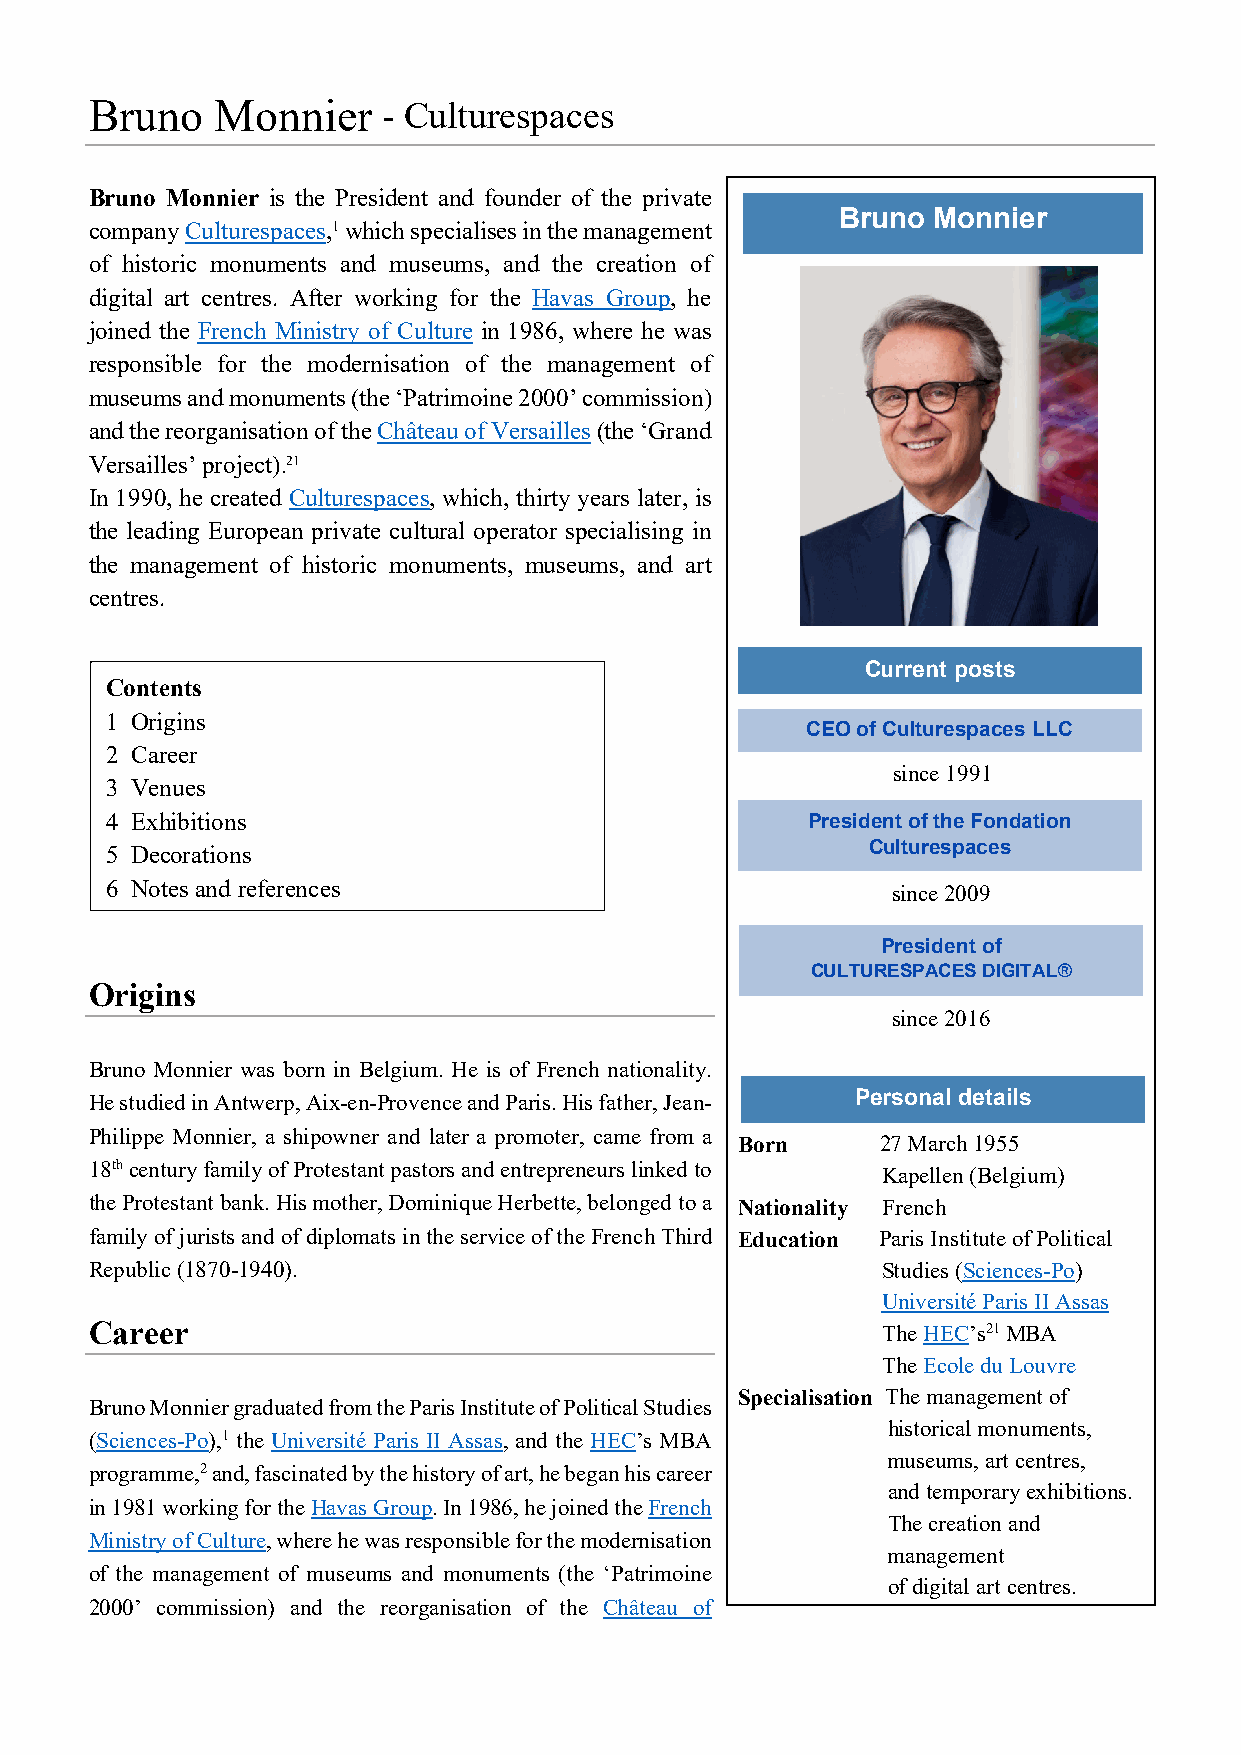
Bruno   Monnier    - Culturespaces
 Bruno Monnier is the President and founder of the private
 Bruno Monnier
 company Culturespaces,1 which specialises in the management
 of historic monuments and museums, and the creation of
 digital art centres. After working for the Havas Group, he
 joined the French Ministry of Culture in 1986, where he was
 responsible for the modernisation of the management of
 museums and monuments (the ‘Patrimoine 2000’ commission)
 and the reorganisation of the Château of Versailles (the ‘Grand
 Versailles’ project).21
 In 1990, he created Culturespaces, which, thirty years later, is
 the leading European private cultural operator specialising in
 the management of historic monuments, museums, and art
 centres.
 Current posts
 Contents
 1 Origins
 CEO of Culturespaces LLC
 2 Career
 since 1991
 3 Venues
 4 Exhibitions                                 President of the Fondation
 5 Decorations                                     Culturespaces
 6 Notes and references                              since 2009
 President of
 CULTURESPACES DIGITAL®
 Origins
 since 2016
 Bruno Monnier was born in Belgium. He is of French nationality.
 He studied in Antwerp, Aix-en-Provence and Paris. His father, Jean- Personal details
 Philippe Monnier, a shipowner and later a promoter, came from a
 Born     27 March 1955
 18th century family of Protestant pastors and entrepreneurs linked to Kapellen (Belgium)
 the Protestant bank. His mother, Dominique Herbette, belonged to a Nationality French
 family of jurists and of diplomats in the service of the French Third Education Paris Institute of Political
 Republic (1870-1940).                               Studies (Sciences-Po)
 Université Paris II Assas
 Career                                              The HEC’s21 MBA
 The Ecole du Louvre
 Specialisation The management of
 Bruno Monnier graduated from the Paris Institute of Political Studies
 historical monuments,
 (Sciences-Po),1 the Université Paris II Assas, and the HEC’s MBA
 museums, art centres,
 programme,2 and, fascinated by the history of art, he began his career
 and temporary exhibitions.
 in 1981 working for the Havas Group. In 1986, he joined the French
 The creation and
 Ministry of Culture, where he was responsible for the modernisation
 management
 of the management of museums and monuments (the ‘Patrimoine
 of digital art centres.
 2000’ commission) and the reorganisation of the Château of